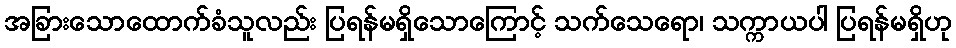
အခြားသောထောက်ခံသူလည်း ပြရန်မရှိသောကြောင့် သက်သေရော၊ သက္ကာယပါ ပြရန်မရှိဟု